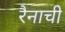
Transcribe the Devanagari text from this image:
रैनाची